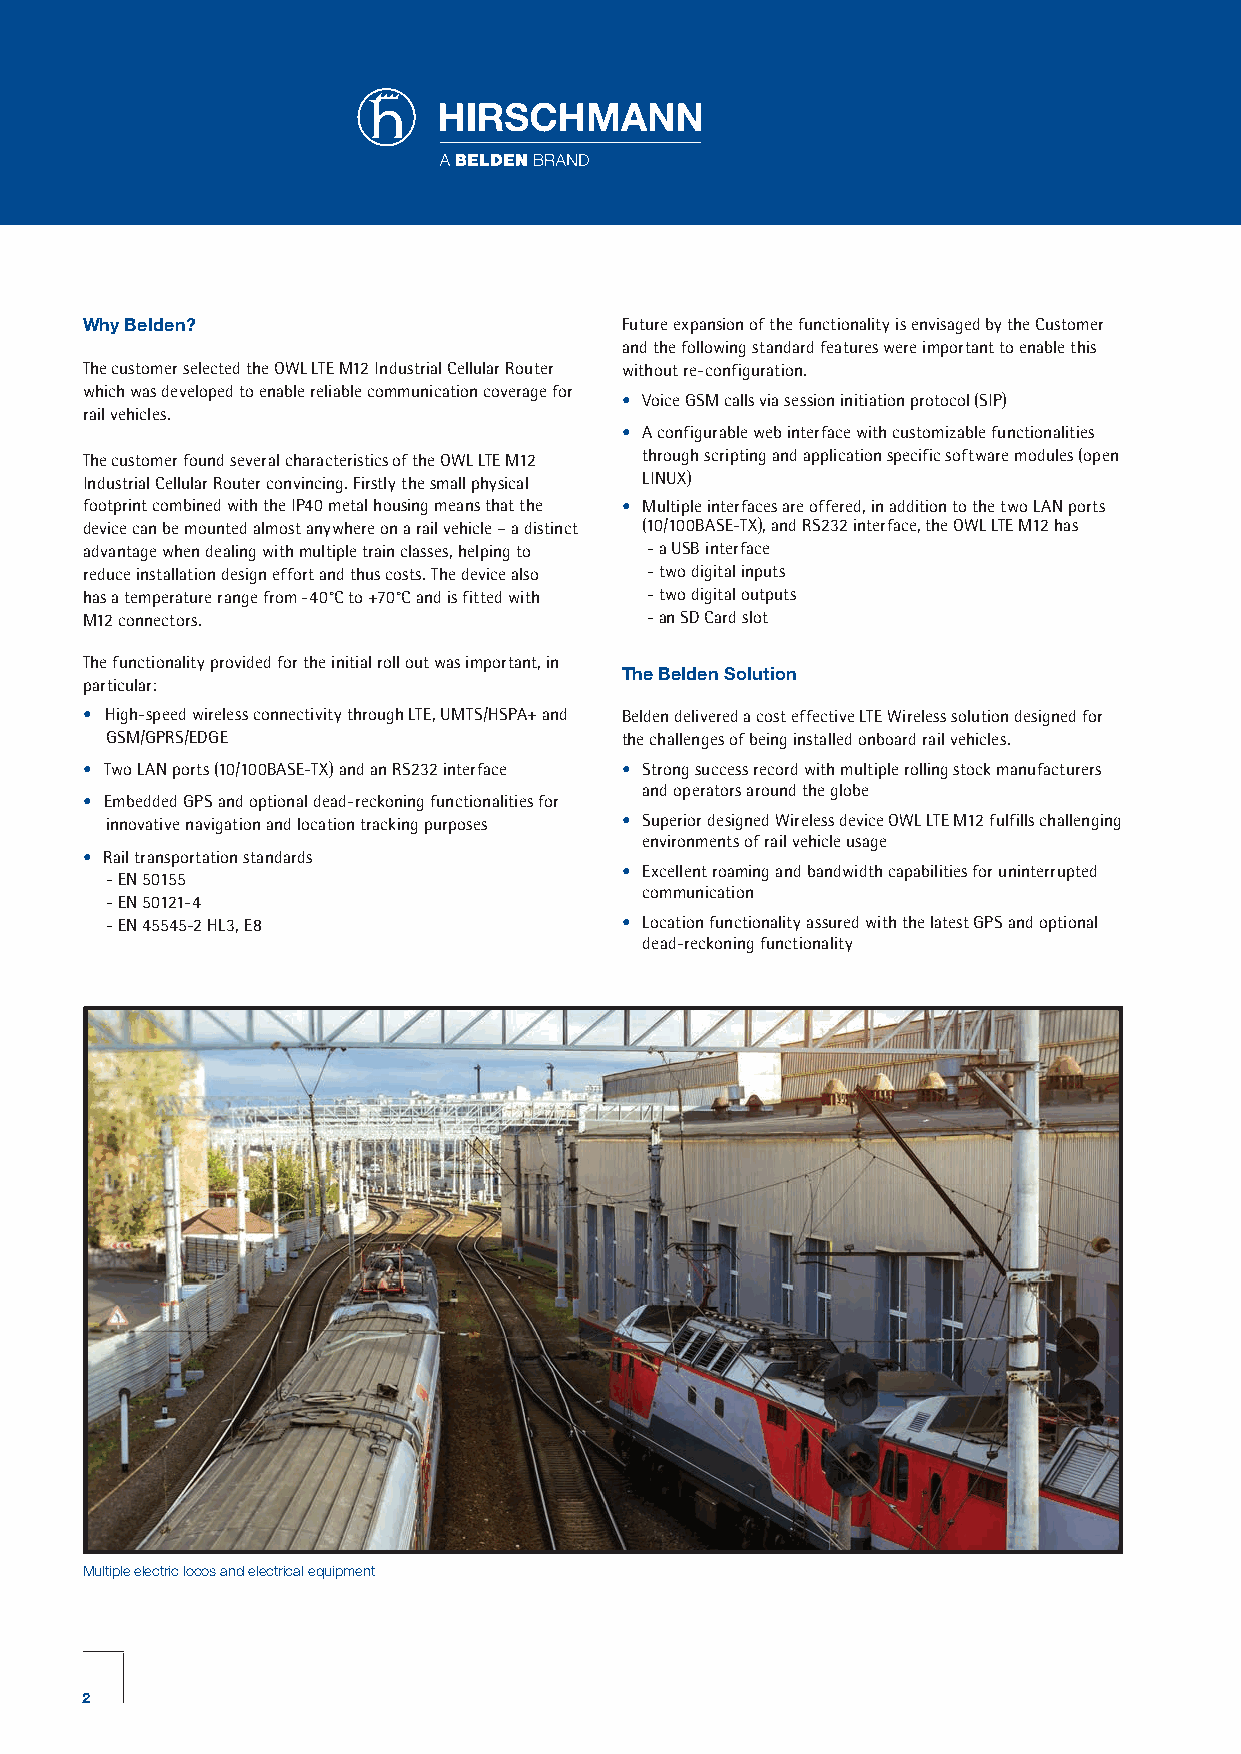
Why Belden?                         Future expansion of the functionality is envisaged by the Customer
 and the following standard features were important to enable this
 The customer selected the OWL LTE M12 Industrial Cellular Router without re-configuration.
 which was developed to enable reliable communication coverage for
 • Voice GSM calls via session initiation protocol (SIP)
 rail vehicles.
 • A configurable web interface with customizable functionalities
 The customer found several characteristics of the OWL LTE M12 through scripting and application specific software modules (open
 Industrial Cellular Router convincing. Firstly the small physical LINUX)
 footprint combined with the IP40 metal housing means that the • Multiple interfaces are offered, in addition to the two LAN ports
 device can be mounted almost anywhere on a rail vehicle – a distinct (10/100BASE-TX), and RS232 interface, the OWL LTE M12 has
 advantage when dealing with multiple train classes, helping to - a USB interface
 reduce installation design effort and thus costs. The device also - two digital inputs
 has a temperature range from -40°C to +70°C and is fitted with - two digital outputs
 M12 connectors.                       - an SD Card slot
 The functionality provided for the initial roll out was important, in
 The Belden Solution
 particular:
 • High-speed wireless connectivity through LTE, UMTS/HSPA+ and Belden delivered a cost effective LTE Wireless solution designed for
 GSM/GPRS/EDGE                     the challenges of being installed onboard rail vehicles.
 • Two LAN ports (10/100BASE-TX) and an RS232 interface • Strong success record with multiple rolling stock manufacturers
 and operators around the globe
 • Embedded GPS and optional dead-reckoning functionalities for
 innovative navigation and location tracking purposes • Superior designed Wireless device OWL LTE M12 fulfills challenging
 environments of rail vehicle usage
 • Rail transportation standards
 • Excellent roaming and bandwidth capabilities for uninterrupted
 - EN 50155
 communication
 - EN 50121-4
 - EN 45545-2 HL3, E8              • Location functionality assured with the latest GPS and optional
 dead-reckoning functionality
 Multiple electric locos and electrical equipment
 2